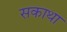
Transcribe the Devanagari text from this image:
सकाथा